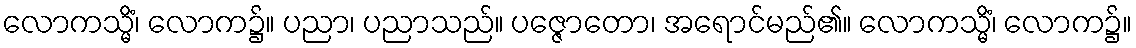
လောကသ္မိံ၊ လောက၌။ ပညာ၊ ပညာသည်။ ပဇ္ဇောတော၊ အရောင်မည်၏။ လောကသ္မိံ၊ လောက၌။